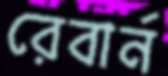
রেবার্ন